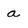
Character: a